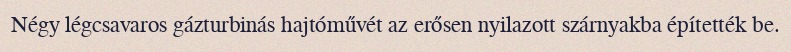
Négy légcsavaros gázturbinás hajtóművét az erősen nyilazott szárnyakba építették be.